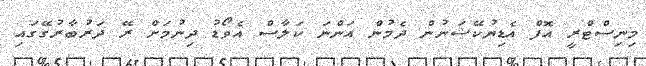
މިނިސްޓްރީ އޮފް އެޑިޔުކޭޝަނުން ދެމުން އަންނަ ކަލާސް އެވޯޑު ދިނުމަށް ރޭ ދަރުބާރުގޭގައި